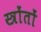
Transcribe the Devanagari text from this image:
स्त्रोंतों